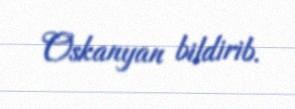
Oskanyan bildirib.